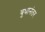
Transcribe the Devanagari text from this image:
बुधानंतर